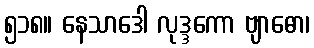
၅၁၈။ နေသာဒေါ လုဒ္ဒကော ဗျာဓော၊